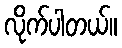
လိုက်ပါတယ်။